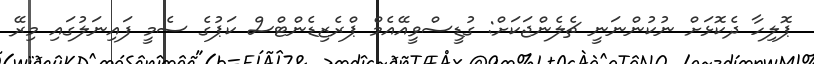
ޕޮލިހާ ދެކޮޅަށް ނުކުންނަނީ ޗެލެންޖަކަށް: ގުޑީސްވީއޭއެމް ޕްރެޒިޑެންޓްސް ކަޕުގެ ސެމީ ފައިނަލުގައި މިރޭ